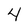
Character: 4